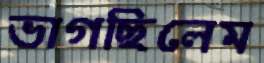
ভাগছিলেম